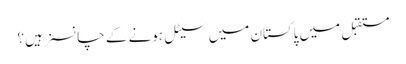
مستقبل میں پاکستان میں سیٹل ہونے کے چانسز ہیں؟